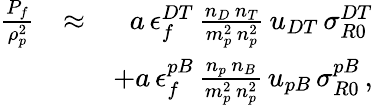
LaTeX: \begin{array}{rlr}{\frac{P_{f}}{\rho_{p}^{2}}}&{\approx}&{a\, \epsilon_{f}^{DT}\, \frac{n_{D}\, n_{T}}{m_{p}^{2}\, n_{p}^{2}}\, u_{DT}\, \sigma_{R0}^{DT}}\\ &{}&{+a\, \epsilon_{f}^{pB}\, \frac{n_{p}\, n_{B}}{m_{p}^{2}\, n_{p}^{2}}\, u_{pB}\, \sigma_{R0}^{pB}\, ,}\end{array}